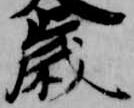
歳